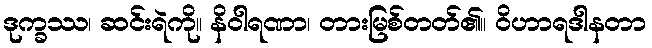
ဒုက္ခဿ၊ ဆင်းရဲကို။ နိဝါရဏာ၊ တားမြစ်တတ်၏။ ဝိဟာရဒါနတာ